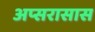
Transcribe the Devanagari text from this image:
अप्सरासास